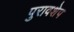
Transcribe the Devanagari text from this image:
पुरावशेप